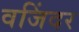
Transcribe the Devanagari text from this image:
वजिंदर